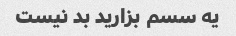
یه سسم بزارید بد نیست